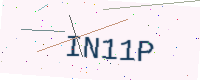
Text: IN11P